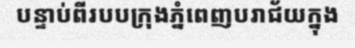
បន្ទាប់ពីរបបក្រុងភ្នំពេញបរាជ័យក្នុង